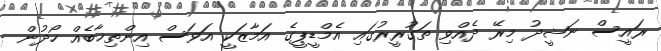
ރައީސް ނަޝީދު މިރޭ ދެއްވި ތަގުރީރުގައި އެމްޑީޕީގެ އަމާޒަކީ އަވަސް އިންތިޚާބެއް ހޯދުން